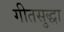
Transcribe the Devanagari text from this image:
गीतसुद्धा